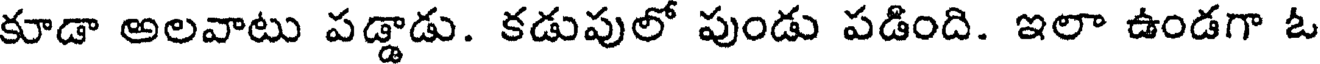
కూడా అలవాటు పడ్డాడు. కడుపులో పుండు పడింది. ఇలా ఉండగా ఓ